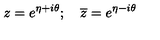
z = e ^ { \eta + i \theta } ; \quad \overline { { z } } = e ^ { \eta - i \theta }